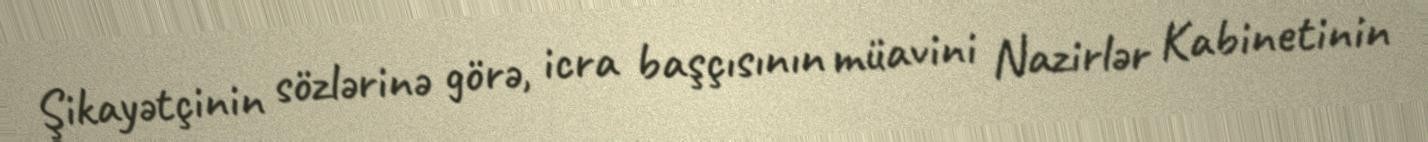
Şikayətçinin sözlərinə görə, icra başçısının müavini Nazirlər Kabinetinin